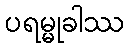
ပရမ္မုခါဿ